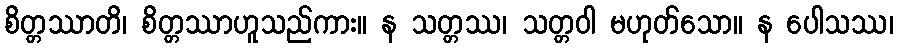
စိတ္တဿာတိ၊ စိတ္တဿာဟူသည်ကား။ န သတ္တဿ၊ သတ္တဝါ မဟုတ်သော။ န ပေါသဿ၊